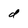
Character: d